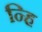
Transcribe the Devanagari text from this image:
न्हि